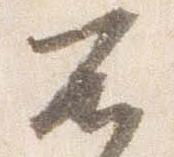
不